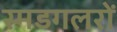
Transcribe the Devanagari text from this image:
स्मडगलरों